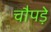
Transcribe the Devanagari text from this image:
चौपड़े